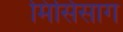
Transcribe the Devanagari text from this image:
मिसिसाग